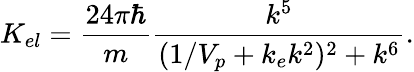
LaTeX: K_{el}={\frac{24\pi\hbar}{m}}{\frac{k^{5}}{(1/V_{p}+k_{e}k^{2})^{2}+k^{6}}}.